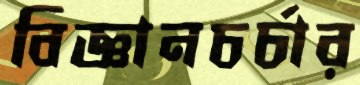
বিজ্ঞানচর্চার